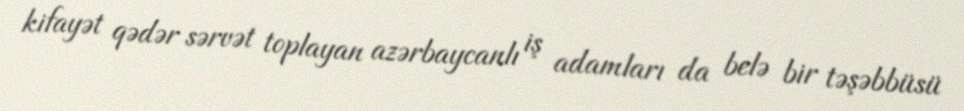
kifayət qədər sərvət toplayan azərbaycanlı iş adamları da belə bir təşəbbüsü